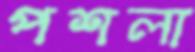
পশলা